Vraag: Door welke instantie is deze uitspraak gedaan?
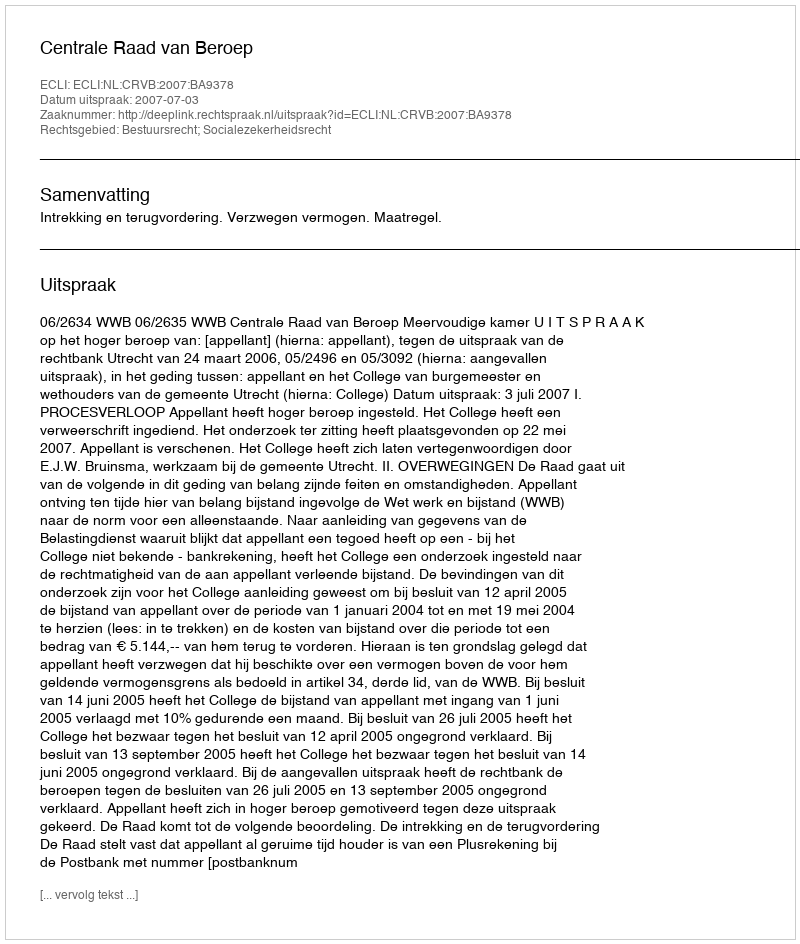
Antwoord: Centrale Raad van Beroep